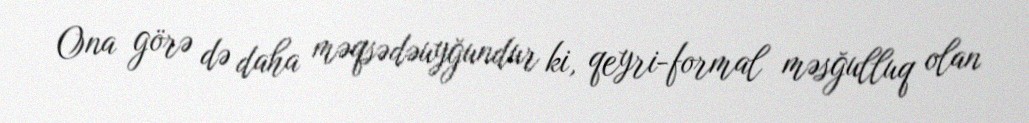
Ona görə də daha məqsədəuyğundur ki, qeyri-formal məsğulluq olan